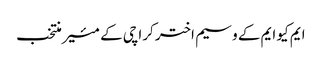
ایم کیو ایم کے وسیم اختر کراچی کے مئیر منتخب